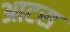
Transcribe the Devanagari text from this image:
आटस